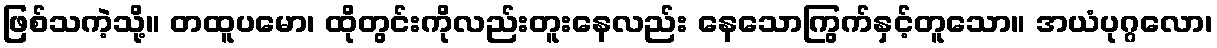
ဖြစ်သကဲ့သို့။ တထူပမော၊ ထိုတွင်းကိုလည်းတူးနေလည်း နေသောကြွက်နှင့်တူသော။ အယံပုဂ္ဂလော၊